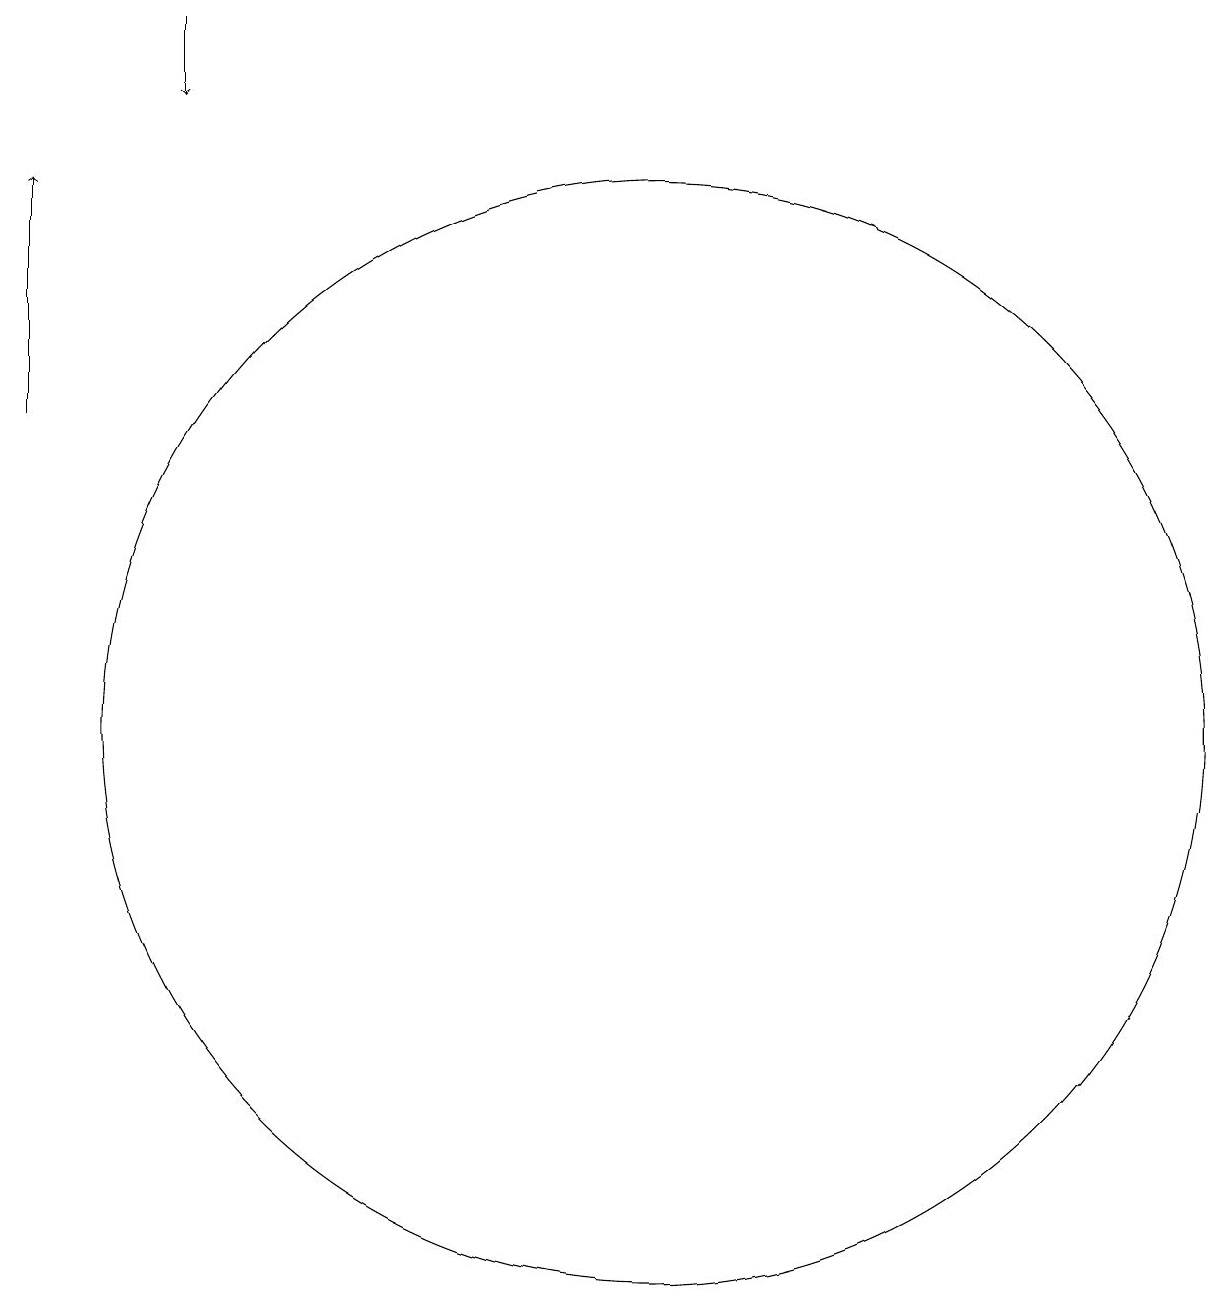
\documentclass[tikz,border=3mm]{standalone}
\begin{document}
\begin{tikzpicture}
\draw[->] (6,19) -- (6,18);
\draw[->] (4,14) -- (4,17);
\draw (12,10) circle (7);
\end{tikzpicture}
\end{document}